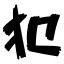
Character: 犯